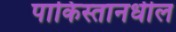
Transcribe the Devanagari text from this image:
पाकिस्तानधील